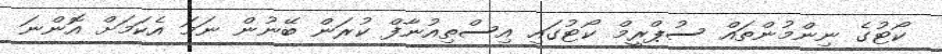
ކޯޓުގެ ނިންމުންތައް ސުޕްރީމް ކޯޓުގައި އިސްތިއުނާފް ކުރަން ބޭނުން ނަމަ އެކަމަށް އޮންނަ